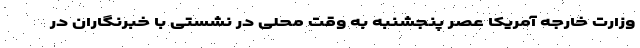
وزارت خارجه آمریکا عصر پنجشنبه به وقت محلی در نشستی با خبرنگاران در